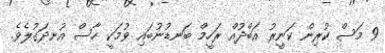
9 މަސް ކުރިން ކަނީރު އަބްދުއް ރަހީމް ބަނޑުނުބައި ވުމަކީ ހާސް އުނދަގުލެވެ.